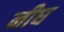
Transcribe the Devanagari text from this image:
नीघ